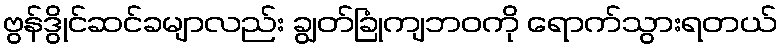
ဗွန်ဒွိုင်ဆင်ခမျာလည်း ချွတ်ခြုံကျဘဝကို ရောက်သွားရတယ်